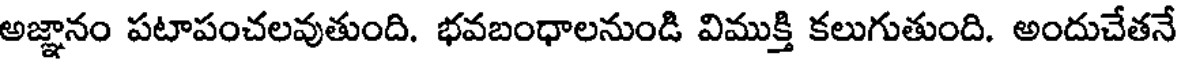
అజ్ఞానం పటాపంచలవుతుంది. భవబంధాలనుండి విముక్తి కలుగుతుంది. అందుచేతనే